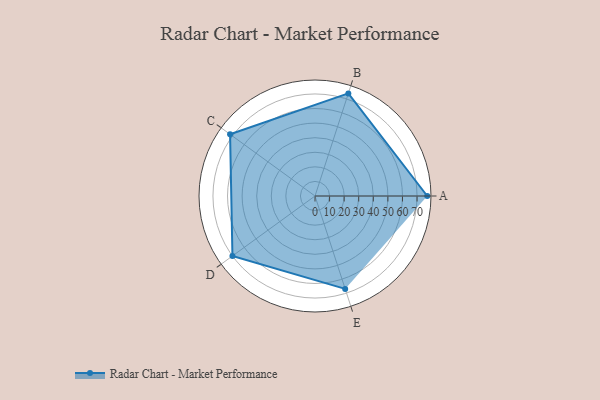
{"axis": {"x": "Skill", "y": "Score"}, "legend": ["Profile"], "data": [{"x": "A", "y": 77.0, "type": "Profile"}, {"x": "B", "y": 74.0, "type": "Profile"}, {"x": "C", "y": 72.0, "type": "Profile"}, {"x": "D", "y": 70.0, "type": "Profile"}, {"x": "E", "y": 67.0, "type": "Profile"}]}